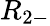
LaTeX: R_{2-}